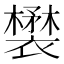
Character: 𧞉